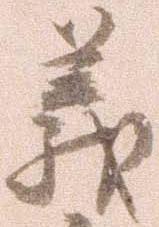
義